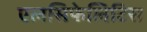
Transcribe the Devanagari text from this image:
एलसिफेलिटिस